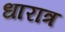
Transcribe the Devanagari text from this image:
धारात्र